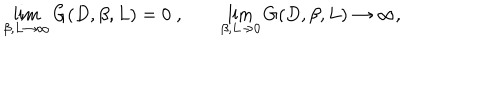
\lim _ { \beta , L \rightarrow \infty } G ( D , \beta , L ) = 0 \; , \; \lim _ { \beta , L \rightarrow 0 } G ( D , \beta , L ) \rightarrow \infty ,